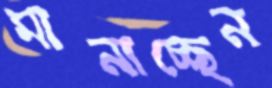
মানাচ্ছেন